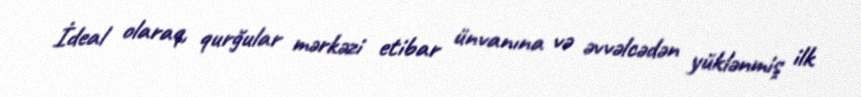
İdeal olaraq, qurğular mərkəzi etibar ünvanına və əvvəlcədən yüklənmiş ilk